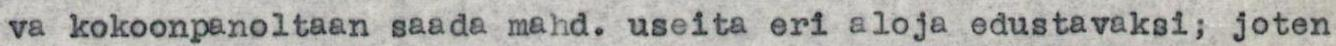
va kokoonpanoltaan saada mahd. useita eri aloja edustavaksi; joten